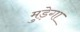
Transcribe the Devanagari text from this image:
मुड़ेगा